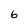
Character: 6